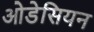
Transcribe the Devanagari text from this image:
ओडेसियन